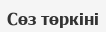
Сөз төркіні